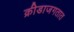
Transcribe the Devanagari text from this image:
क्रीडाजगतात